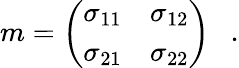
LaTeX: m=\left(\begin{array}{ll}{{\sigma_{11}}}&{{\sigma_{12}}}\\ {{\sigma_{21}}}&{{\sigma_{22}}}\end{array}\right)~~~.